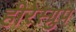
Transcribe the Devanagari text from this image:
हीरेस्ग्रुप